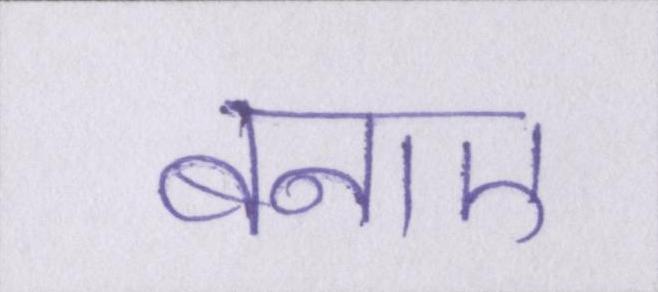
बनाए